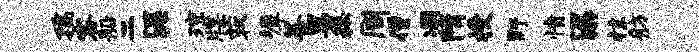
孺客船二渥琼牒荻墀菩男秘周僧凋隋授野愤潺抹舫